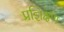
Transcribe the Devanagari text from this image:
प्रज्ञिक्षण